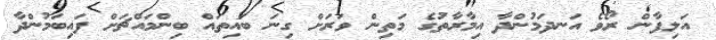
އަލިފާން ރޯވެ އަނދަމުންދާ އިމާރާތުގެ މަތިން ވަރަށް ގިނަ ބައިތައް ބިންމައްޗަށް ފައިބަމުންދާ